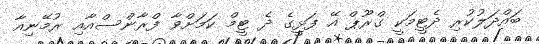
ބައްދަލުކުރި ދެޓީމަކީ ގްރޫޕް އޭ ފަޅީގެ ދެ ޓީމް ކަމަށްވާ ފްރާންސްއާއި ރުމޭނިއާ